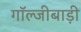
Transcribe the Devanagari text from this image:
गॉल्जीबाड़ी